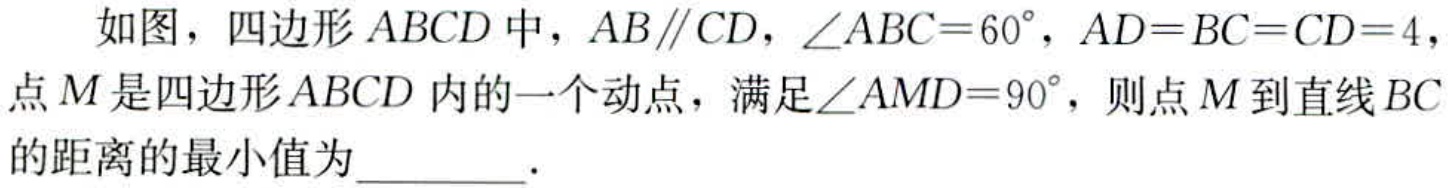
如图，四边形\(ABCD\)中，\(AB\parallel CD\)，\(\angle ABC = 60^{\circ}\)，\(AD = BC = CD = 4\)，点\(M\)是四边形\(ABCD\)内的一个动点，满足\(\angle AMD = 90^{\circ}\)，则点\(M\)到直线\(BC\)的距离的最小值为  ．